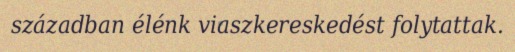
században élénk viaszkereskedést folytattak.